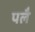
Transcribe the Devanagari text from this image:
पलै